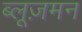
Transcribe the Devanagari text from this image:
ब्लूज़मन